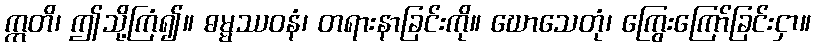
ဣတိ၊ ဤသို့ကြံ၍။ ဓမ္မဿဝနံ၊ တရားနာခြင်းကို။ ဃောသေတုံ၊ ကြွေးကြော်ခြင်းငှာ။